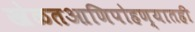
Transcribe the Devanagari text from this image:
खेळतआणिपोहण्यातही